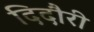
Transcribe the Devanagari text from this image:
दिदौरी